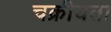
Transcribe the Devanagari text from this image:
चक्रीयता